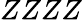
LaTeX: ZZZZ